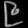
Digit: ၉